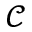
\mathcal { C }